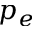
p _ { e }